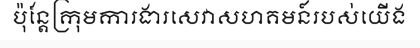
ប៉ុន្តែក្រុមការងារសេវាសហគមន៍របស់យើង